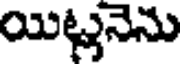
యిట్లనెను